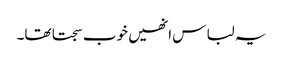
یہ لباس انھیں خوب سجتا تھا۔